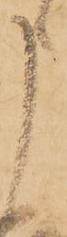
申